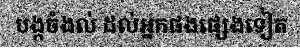
បង្កចំងល់ ដល់អ្នកផងផ្សេងទៀត